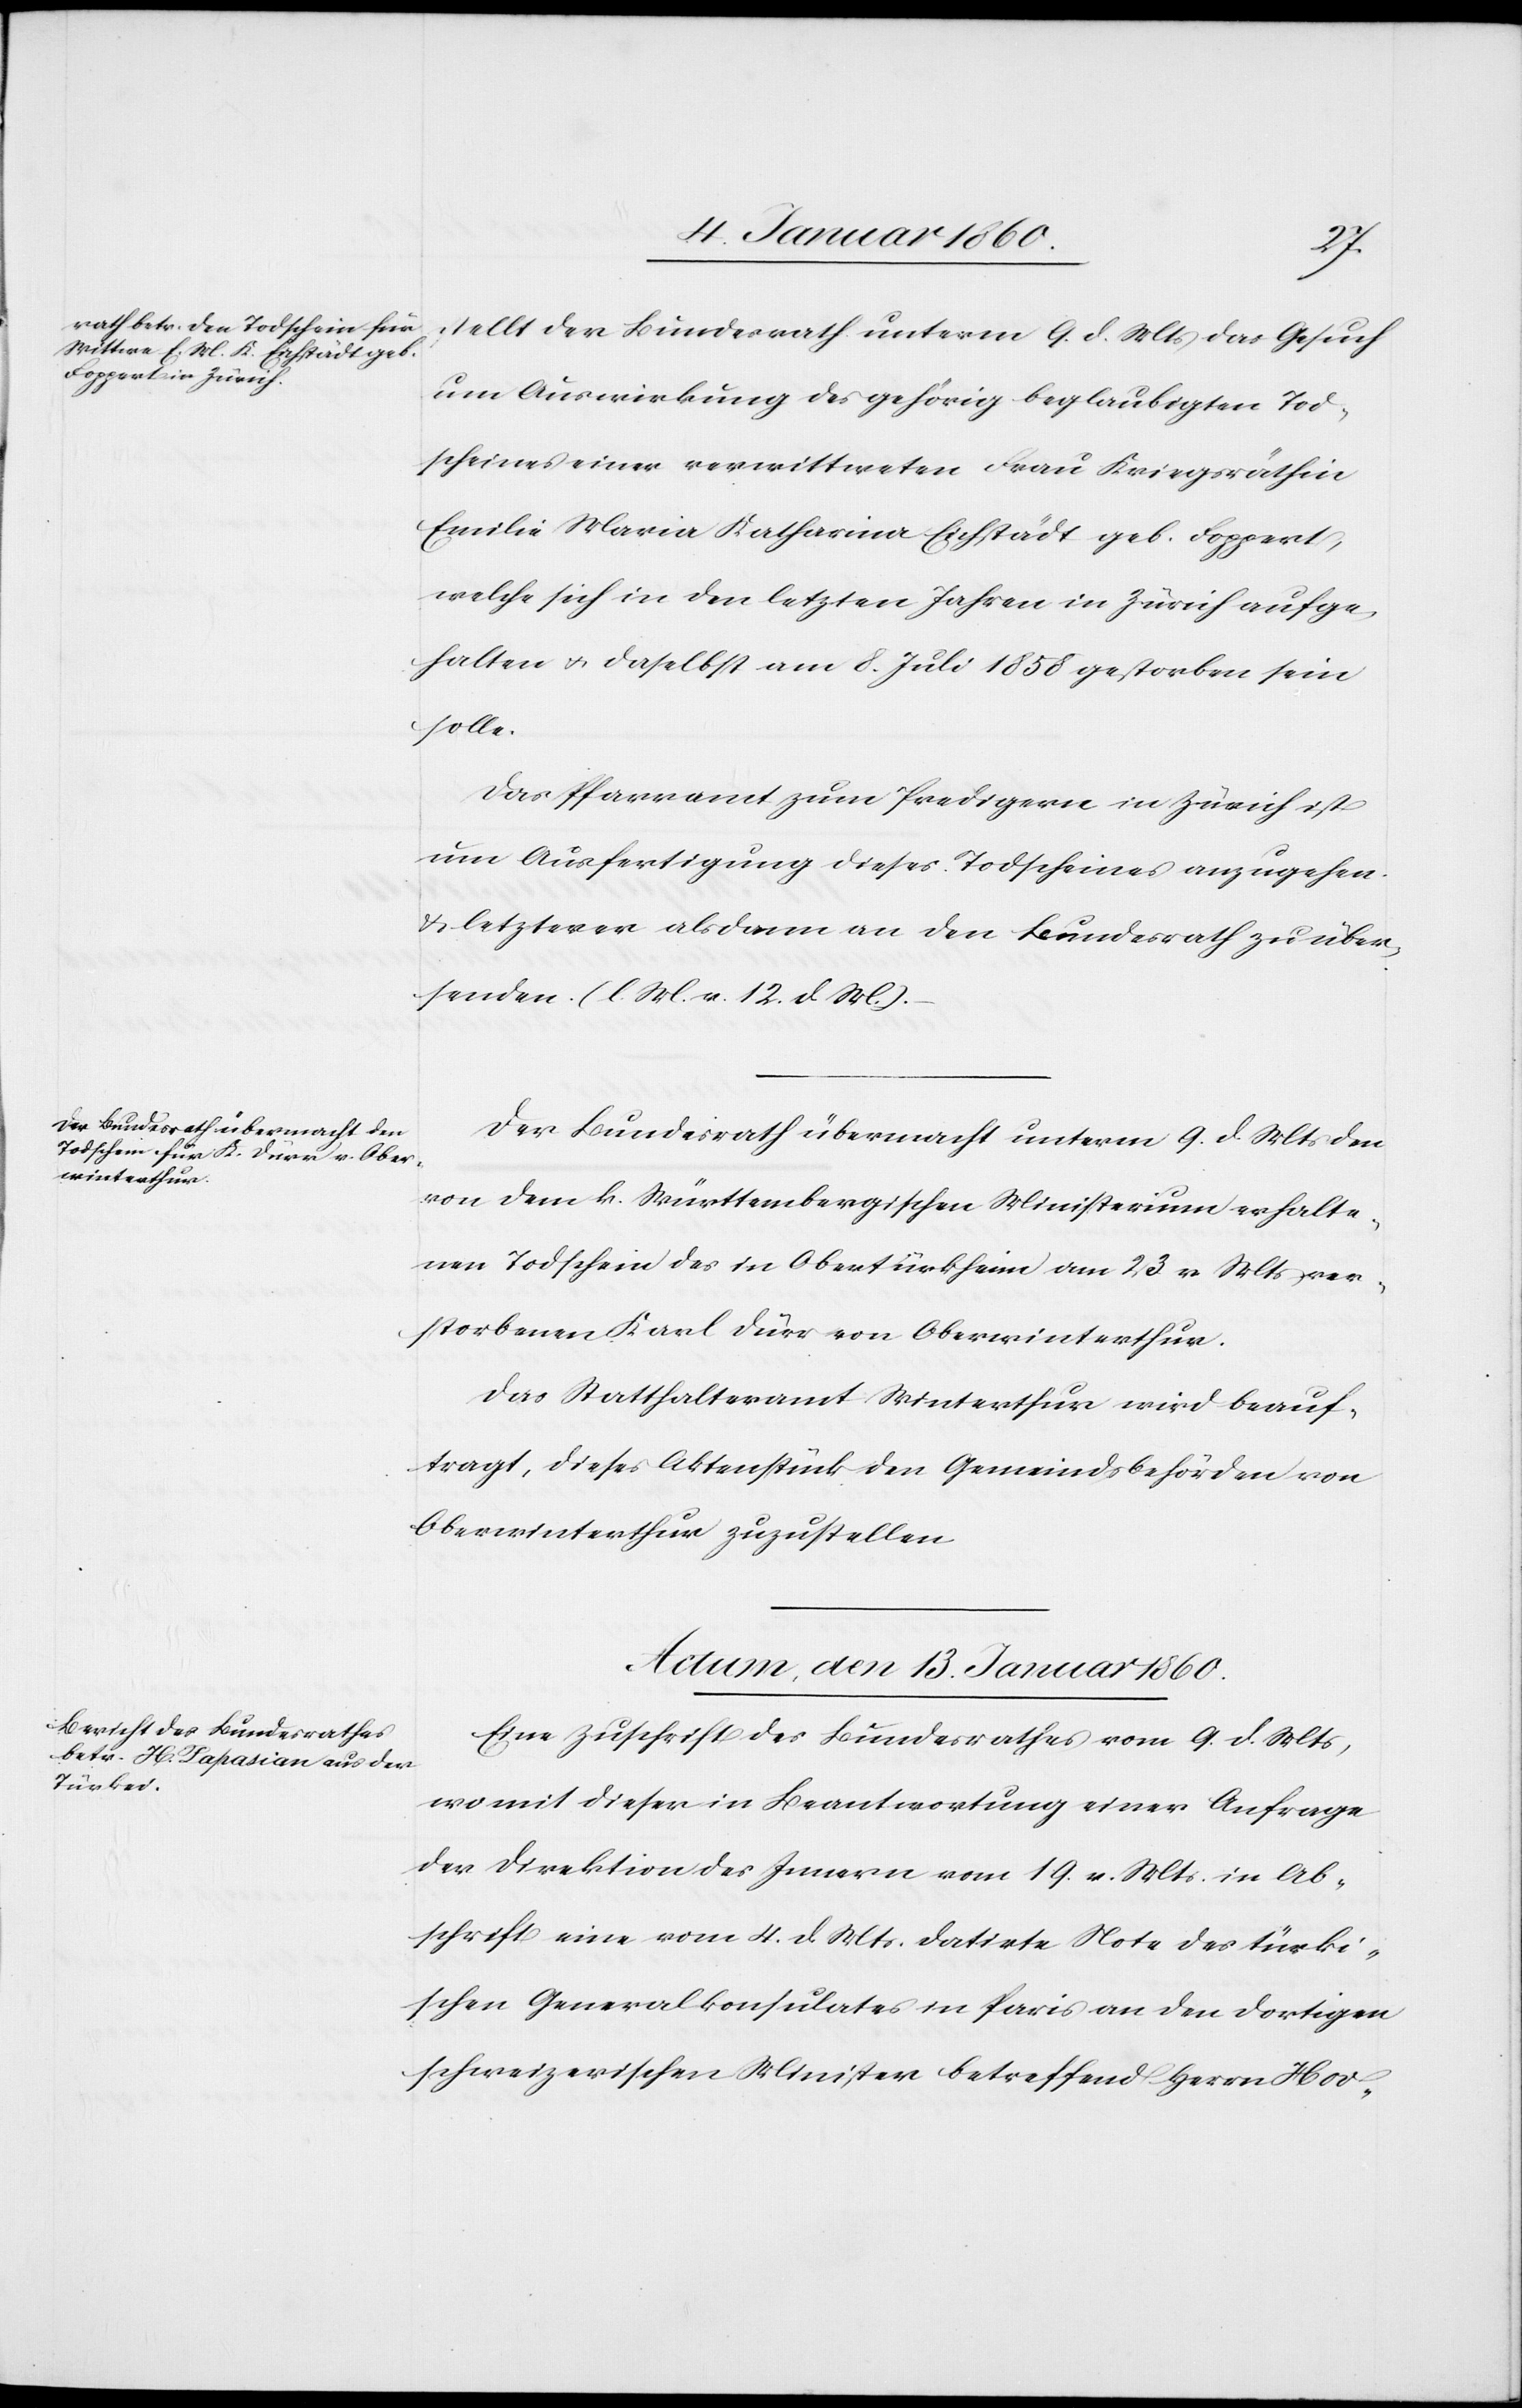
stellt der Bundesrath unterm 9. d. Mts. das Gesuch
um Auswirkung des gehörig beglaubigten Tod¬
scheines einer verwittweten Frau Kriegsräthin
Emilie Maria Katharina Eichstädt geb. Doppert,
welche sich in den letzten Jahren in Zürich aufge¬
halten u. daselbst am 8. Juli 1858. gestorben sein
solle.
Das Pfarramt zum Predigern in Zürich ist
um Ausfertigung dieses Todscheines anzugehen
u. letzterer alsdann an den Bundesrath zu über¬
senden. [l. M. v. 12. d. M.]
Der Bundesrath übermacht unterm 9. d. Mts. den
von dem k. Württembergischen Ministerium erhalte¬
nen Todschein des in Obertürkheim am 23. v. Mts. ver¬
storbenen Karl Dürr von Oberwinterthur.
Das Statthalteramt Winterthur wird beauf¬
tragt, dieses Aktenstück den Gemeindsbehörden von
Oberwinterthur zuzustellen.
Actum den 13. Januar 1860.
Eine Zuschrift des Bundesrathes vom 9. d. Ms,
wo mit dieser in Beantwortung einer Anfrage
der Direktion des Innern vom 19. v. Mts. in Ab¬
schrift eine vom 4. d. Mts. datirte Note des türki¬
schen Generalkonsulates in Paris an den dortigen
schweizerischen Minister betreffend Herrn Hov-